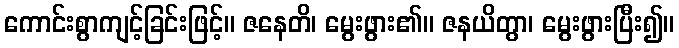
ကောင်းစွာကျင့်ခြင်းဖြင့်။ ဇနေတိ၊ မွေးဖွား၏။ ဇနယိတွာ၊ မွေးဖွားပြီး၍။